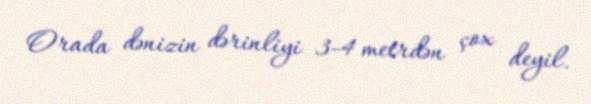
Orada dənizin dərinliyi 3-4 metrdən çox deyil.